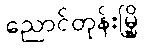
ညောင်တုန်းမြို့